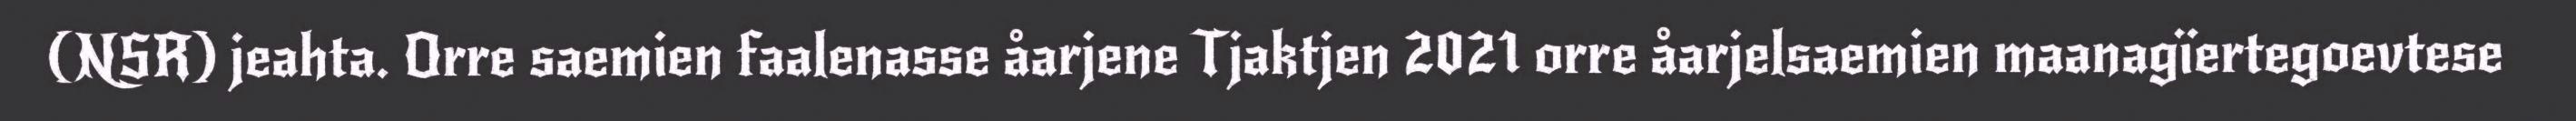
(NSR) jeahta. Orre saemien faalenasse åarjene Tjaktjen 2021 orre åarjelsaemien maanagïertegoevtese